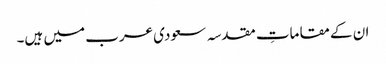
ان کے مقاماتِ مقدسہ سعودی عرب میں ہیں۔